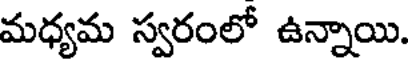
మధ్యమ స్వరంలో ఉన్నాయి.